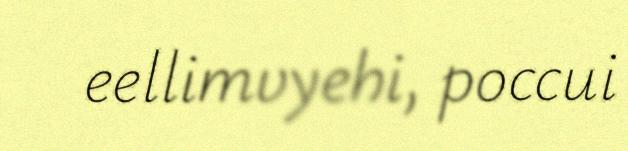
eellimvyehi, poccui